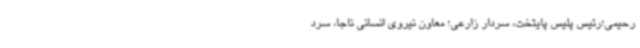
رحیمی؛رئیس پلیس پایتخت، سردار زارعی؛ معاون نیروی انسانی ناجا، سرد